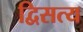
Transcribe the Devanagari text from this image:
द्विसत्य